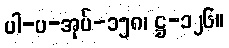
ပါ-ပ-အုပ်-၁၅၈၊ ဋ္ဌ-၁၂၆။